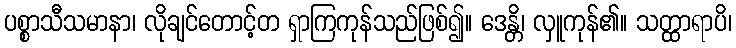
ပစ္စာသီသမာနာ၊ လိုချင်တောင့်တ ရှာကြကုန်သည်ဖြစ်၍။ ဒေန္တိ၊ လှူကုန်၏။ သတ္ထာရာပိ၊